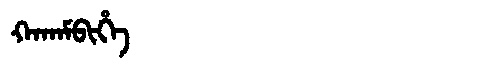
Manchu: ᡴᠠᡴᠠᠮᠪᡳᡥᡝ
Romanization: KAKAMBIHE